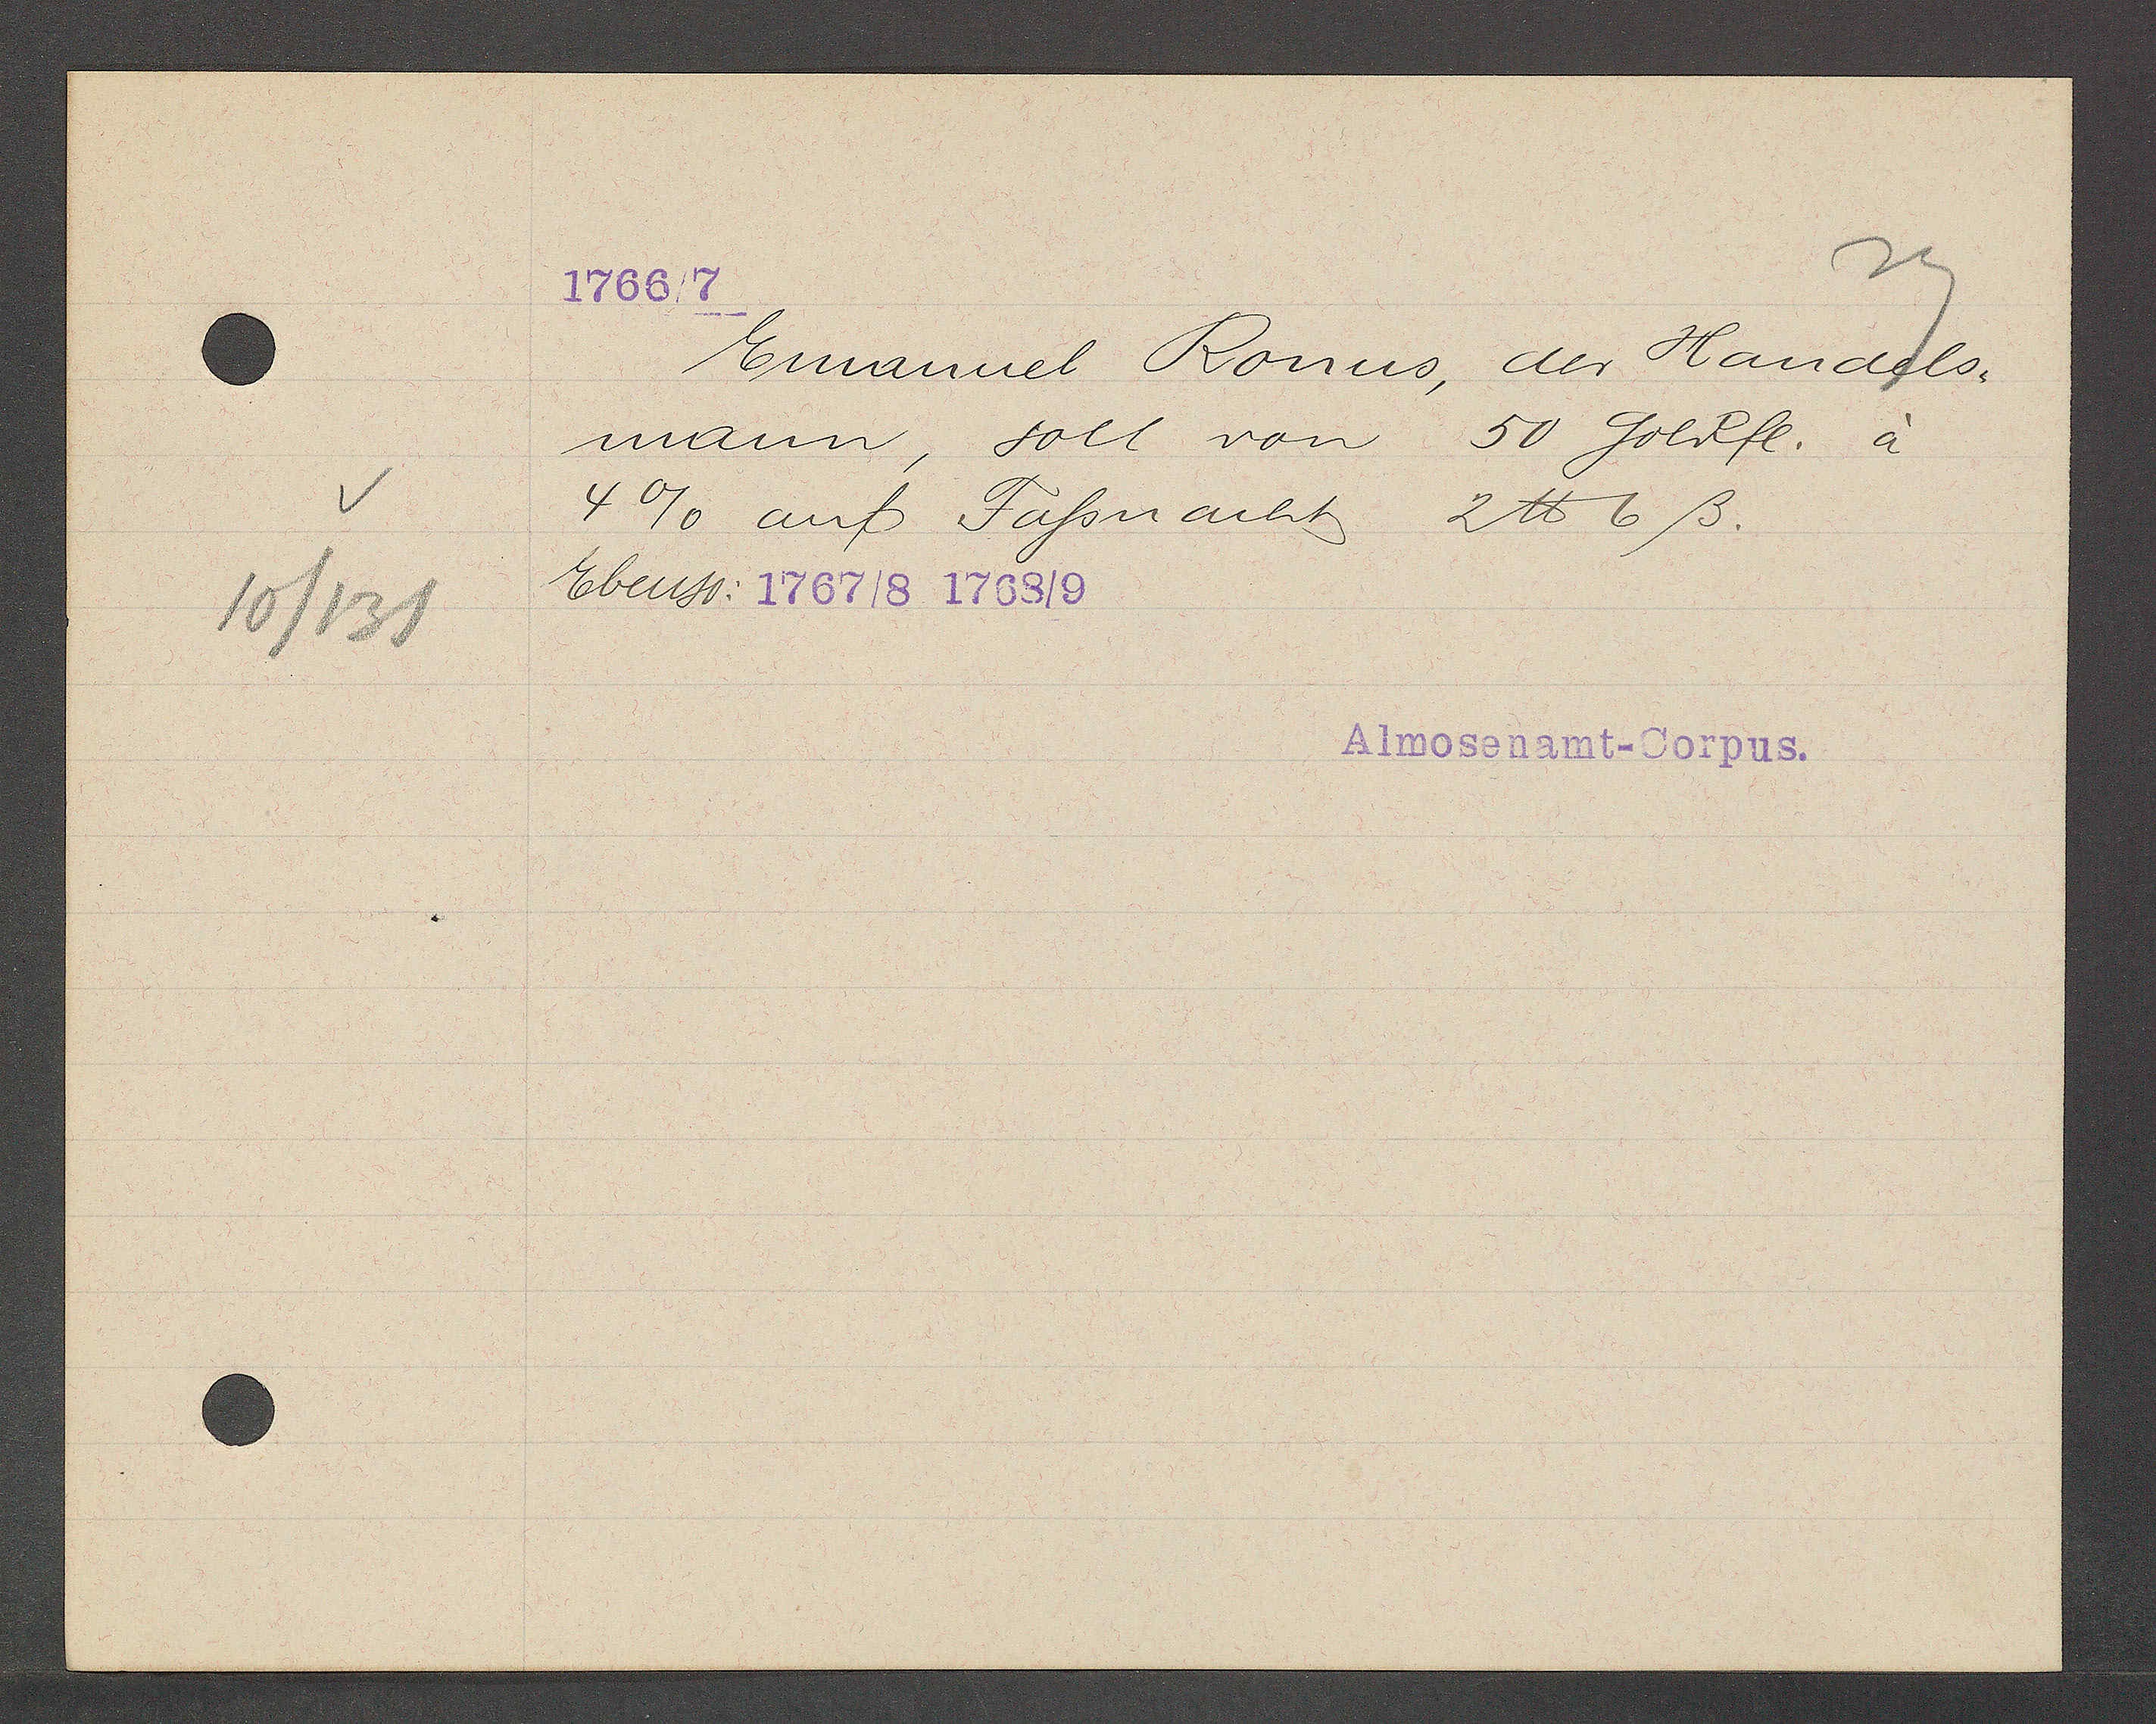
Transcript:
10/131

1766/7

Emanuel Ronus, der Handels-
mann, soll von 50 Goldfl. à
4% auf Fassnacht 2 ℔ 6ß.
Ebenso: 1767/8 1768/9

Almosenamt-Corpus.